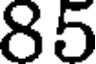
85